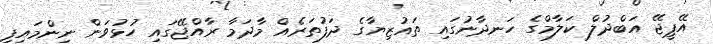
އޭޕީޖޭ އަބްދުލް ކަލާމްގެ ހަނދާނުގައި ތައުޒިޔާގެ ދަފުތަރެއް މާދަމާ ރާއްޖޭގައި ހުޅުވަން ނިންމައިފި